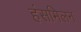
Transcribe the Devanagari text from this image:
हंसमिलन